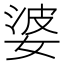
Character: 婆